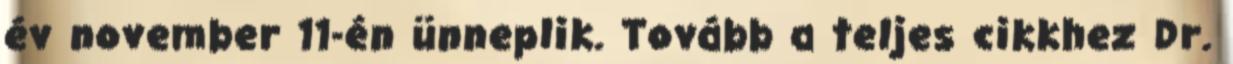
év november 11-én ünneplik. Tovább a teljes cikkhez Dr.